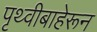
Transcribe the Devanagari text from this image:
पृथ्वीबाहेरून